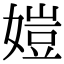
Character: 㜐